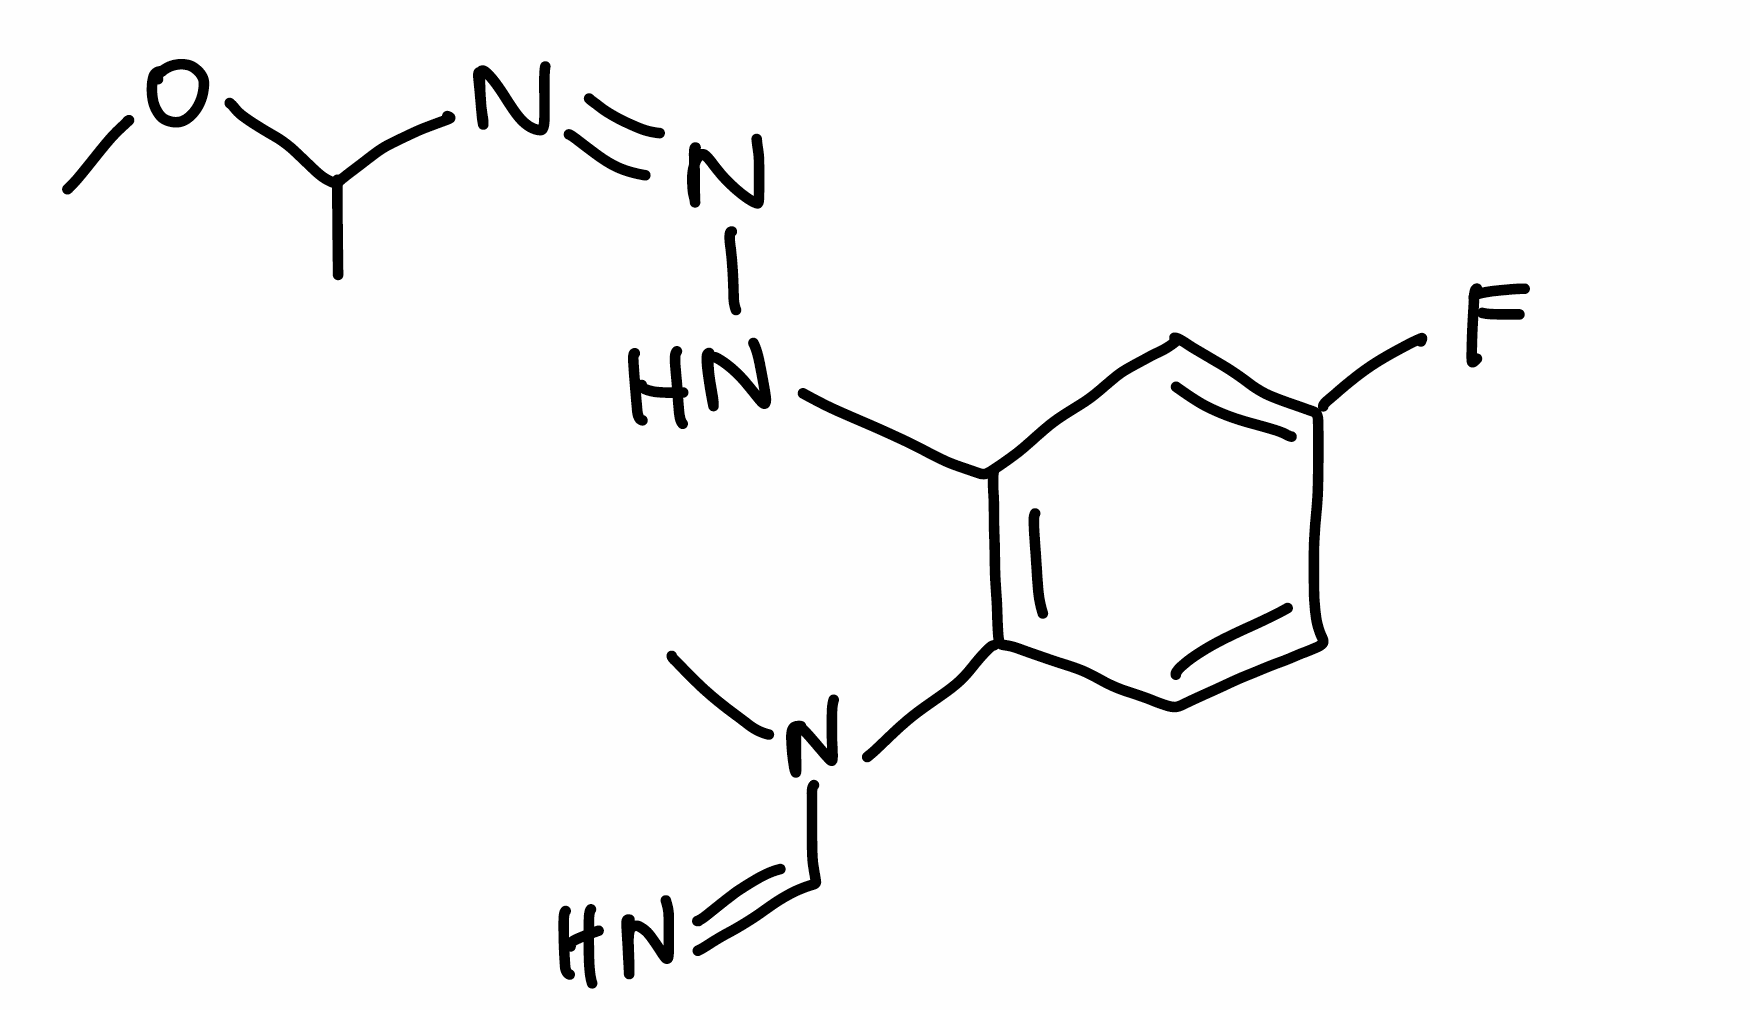
Simplified molecular-input line-entry system (SMILES) notation of the given molecule:
CC(/N=N\NC1=C(C=CC(=C1)F)N(C)C=N)OC